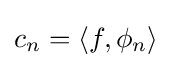
c_{n}=\langle f,\phi _{n}\rangle